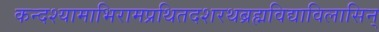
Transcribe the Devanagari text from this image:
कन्दश्यामाभिरामप्रथितदशरथब्रह्मविद्याविलासिन्